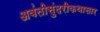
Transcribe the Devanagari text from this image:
अवंतीसुंदरीकथासार